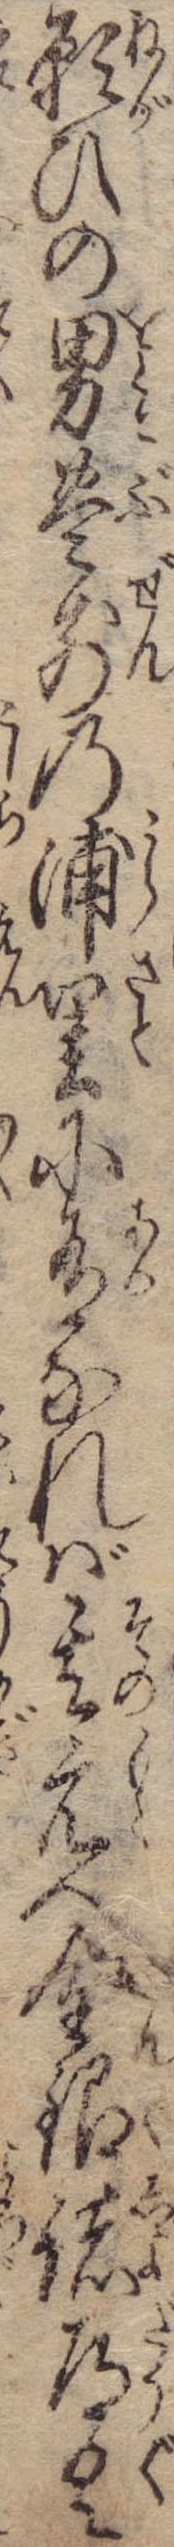
願ひの男豊前の浦里に有なれば其元へ金銀諸道具